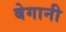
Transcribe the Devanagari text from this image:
बेगानी